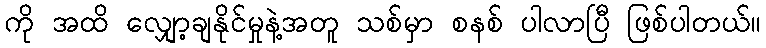
ကို အထိ လျှော့ချနိုင်မှုနဲ့အတူ သစ်မှာ စနစ် ပါလာပြီ ဖြစ်ပါတယ်။